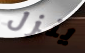
ينزل